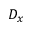
D _ { x }